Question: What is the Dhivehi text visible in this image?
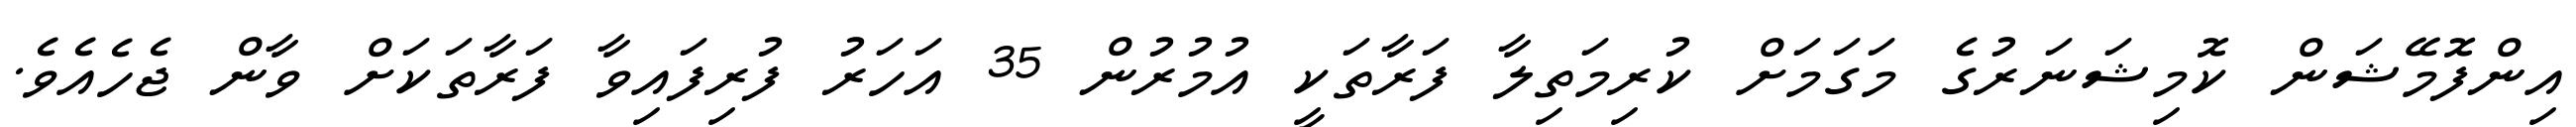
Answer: އިންފޮމޭޝަން ކޮމިޝަނަރުގެ މަގަމަށް ކުރިމަތިލާ ފަރާތަކީ އުމުރުން 35 އަހަރު ފުރިފައިވާ ފަރާތަކަށް ވާން ޖެހެއެވެ.